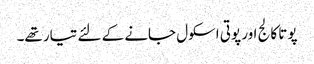
پوتا کالج اور پوتی اسکول جانے کے لئے تیار تھے۔